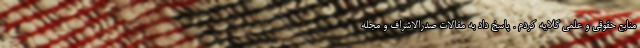
منابع حقوقی و علمی گلایه کردم . پاسخ داد به مقالات صدرالاشراف و مجله